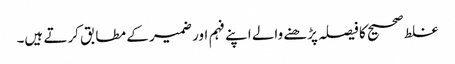
غلط صحیح کا فیصلہ پڑھنے والے اپنے فہم اور ضمیر کے مطابق کرتے ہیں۔